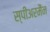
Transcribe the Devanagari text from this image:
स्पीअरमैंन